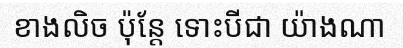
ខាងលិច ប៉ុន្តែ ទោះបីជា យ៉ាងណា